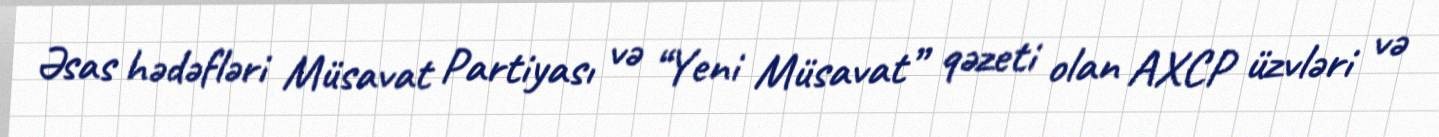
Əsas hədəfləri Müsavat Partiyası və “Yeni Müsavat” qəzeti olan AXCP üzvləri və